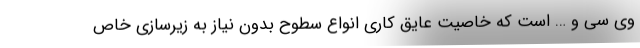
وی سی و … است که خاصیت عایق کاری انواع سطوح بدون نیاز به زیرسازی خاص